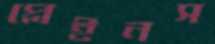
প্লেইনস